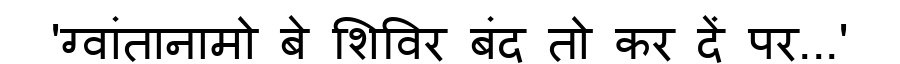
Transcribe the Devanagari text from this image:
'ग्वांतानामो बे शिविर बंद तो कर दें पर...'